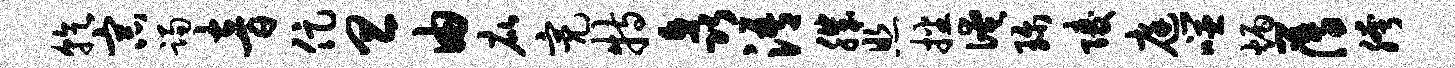
乾宗躅音促旦由庇亮特矗浯肌照播淹珍陵庭噬炳薄胯